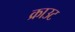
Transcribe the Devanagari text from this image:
क्राउट